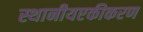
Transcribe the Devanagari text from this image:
स्थानीयएकीकरण